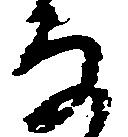
な